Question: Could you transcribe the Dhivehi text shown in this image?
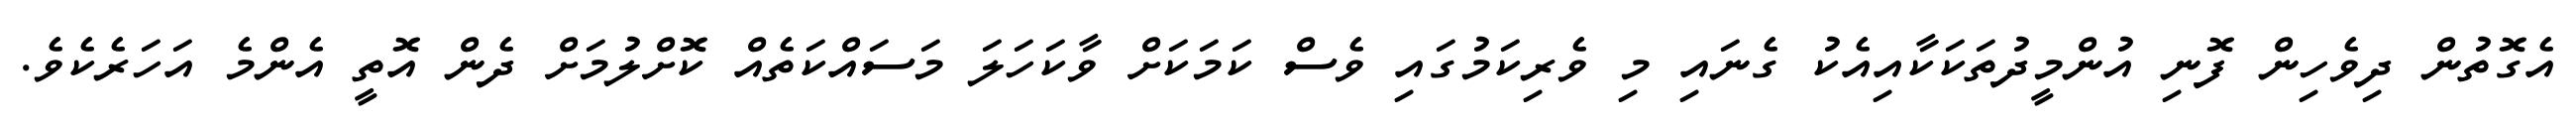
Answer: އެގޮތުން ދިވެހިން ފޮނި އުންމީދުތަކަކާއިއެކު ގެނައި މި ވެރިކަމުގައި ވެސް ކަމަކަށް ވާކަހަލަ މަސައްކަތެއް ކޮށްލުމަށް ދެން އޮތީ އެންމެ އަހަރެކެވެ.